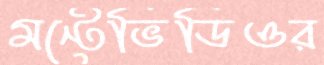
মন্টেভিডিওর